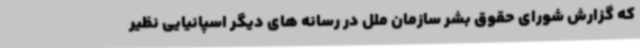
که گزارش شورای حقوق بشر سازمان ملل در رسانه های دیگر اسپانیایی نظیر